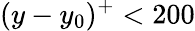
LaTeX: (y-y_{0})^{+}<200